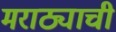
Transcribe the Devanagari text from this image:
मराठ्याची